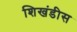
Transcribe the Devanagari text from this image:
शिखंडीस